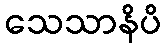
သေသာနိပိ